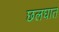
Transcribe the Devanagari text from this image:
छलघात